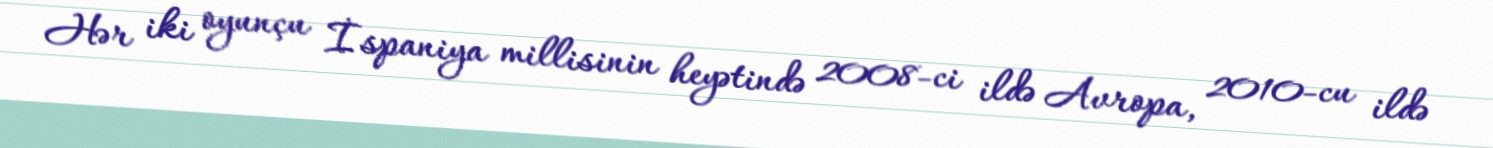
Hər iki oyunçu İspaniya millisinin heyətində 2008-ci ildə Avropa, 2010-cu ildə